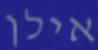
אילן